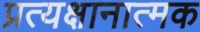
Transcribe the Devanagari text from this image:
प्रत्यक्षानात्मक